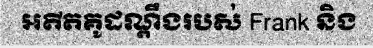
អតីតគូដណ្តឹងរបស់ Frank និង